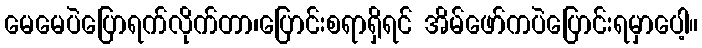
မေမေပဲပြောရက်လိုက်တာ၊ပြောင်းစရာရှိရင် အိမ်ဖော်ကပဲပြောင်းရမှာပေါ့။